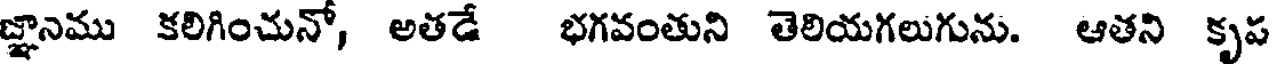
జ్ఞానము కలిగించునో, అతడే భగవంతుని తెలియగలుగును. ఆతని కృప